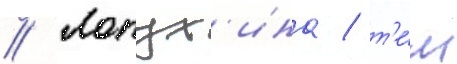
// Лопух'ина / т'е́м